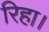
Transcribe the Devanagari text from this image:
रिहा।